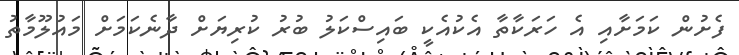
ފެށުން ކަމަށާއި އެ ހަރަކާތާ އެކުއެކީ ބައިސްކަލު ބުރު ކުރިޔަށް ދާނެކަމަށް މައުލޫމާތު